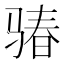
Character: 𩨁